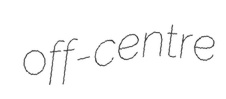
off-centre